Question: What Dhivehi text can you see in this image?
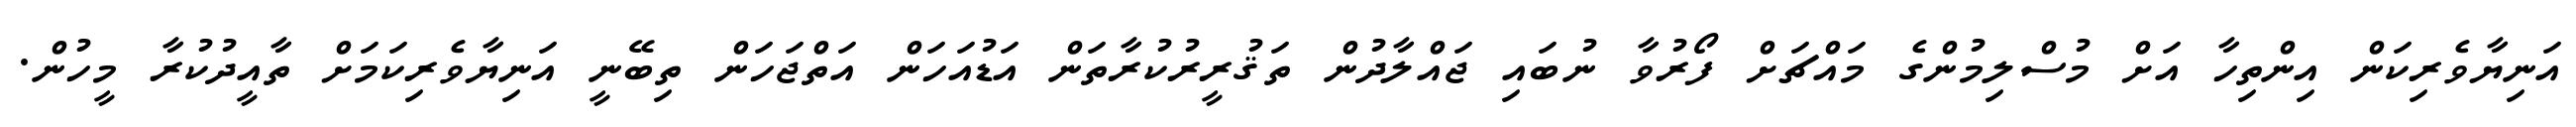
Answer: އަނިޔާވެރިކަން އިންތިހާ އަށް މުސްލިމުންގެ މައްޗަށް ފޯރުވާ ނުބައި ޖައްލާދުން ތަޤުރީރުކުރާތަން އަޑުއަހަން އަތްޖަހަން ތިބޭނީ އަނިޔާވެރިކަމަށް ތާއީދުކުރާ މީހުން.